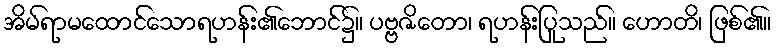
အိမ်ရာမထောင်သောရဟန်း၏ဘောင်၌။ ပဗ္ဗဇိတော၊ ရဟန်းပြုသည်။ ဟောတိ၊ ဖြစ်၏။